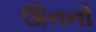
ઊનનો